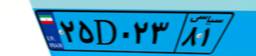
۲۵D۰۲۳۸۱